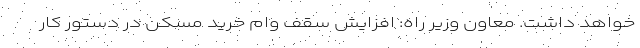
خواهد داشت. معاون وزیر راه: افزایش سقف وام خرید مسکن در دستور کار